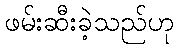
ဖမ်းဆီးခဲ့သည်ဟု